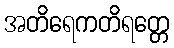
အတိရေကတိရတ္တေ